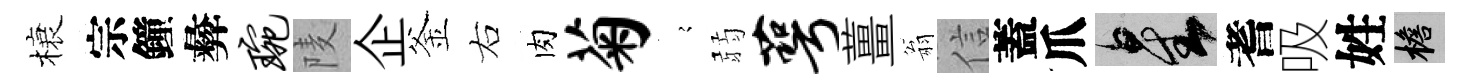
榱宗鐘彜琬𨹧企釜右肉菊𡪹弱萼薑翁信蓋爪星耆吸姓檐